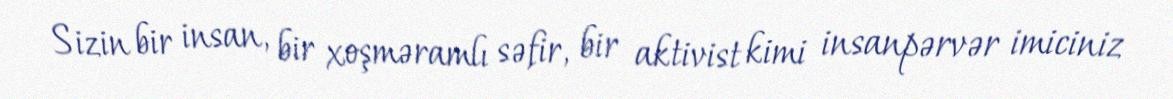
Sizin bir insan, bir xoşməramlı səfir, bir aktivist kimi insanpərvər imiciniz